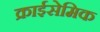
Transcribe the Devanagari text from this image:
क्राईसेमिक